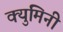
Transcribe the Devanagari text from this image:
क्युमिनी